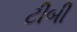
ટીબી